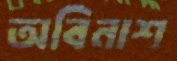
অবিনাশ